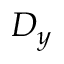
D _ { y }